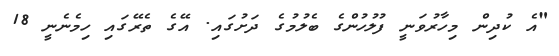
"އެ ކުދިން މިހާރުވަނީ ފުލުހުންގެ ބެލުމުގެ ދަށުގައި. އޭގެ ތެރޭގައި ހިމެނެނީ 18